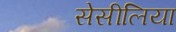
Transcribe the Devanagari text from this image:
सेसीलिया